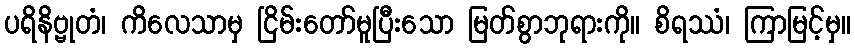
ပရိနိဗ္ဗုတံ၊ ကိလေသာမှ ငြိမ်းတော်မူပြီးသော မြတ်စွာဘုရားကို။ စိရဿံ၊ ကြာမြင့်မှ။